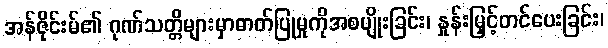
အန်ဇိုင်းမ်၏ ဂုဏ်သတ္တိများမှာဓာတ်ပြုမှုကိုအစပျိုးခြင်း၊ နှုန်းမြှင့်တင်ပေးခြင်း၊